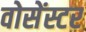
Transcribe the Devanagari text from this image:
वोसेंस्टर